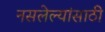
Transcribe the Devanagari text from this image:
नसलेल्यांसाठी